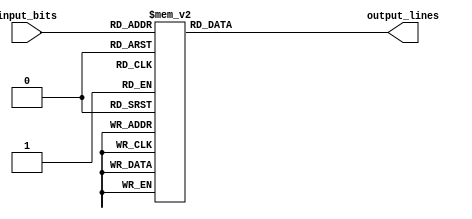
module decoder_3to8 (
    input [2:0] input_bits,
    output reg [7:0] output_lines
);

always @(*)
begin
    case(input_bits)
        3'b000: output_lines = 8'b00000001;
        3'b001: output_lines = 8'b00000010;
        3'b010: output_lines = 8'b00000100;
        3'b011: output_lines = 8'b00001000;
        3'b100: output_lines = 8'b00010000;
        3'b101: output_lines = 8'b00100000;
        3'b110: output_lines = 8'b01000000;
        3'b111: output_lines = 8'b10000000;
    endcase
end

endmodule